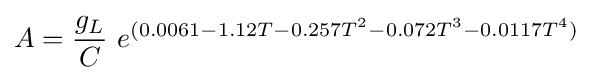
A={g_{L} \over C}~e^{(0.0061-1.12T-0.257T^{2}-0.072T^{3}-0.0117T^{4})}